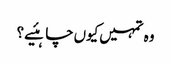
وہ تمہیں‌کیوں‌چاہئیے؟